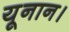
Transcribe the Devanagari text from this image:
यूनान।